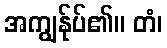
အကျွန်ုပ်၏။ တံ၊